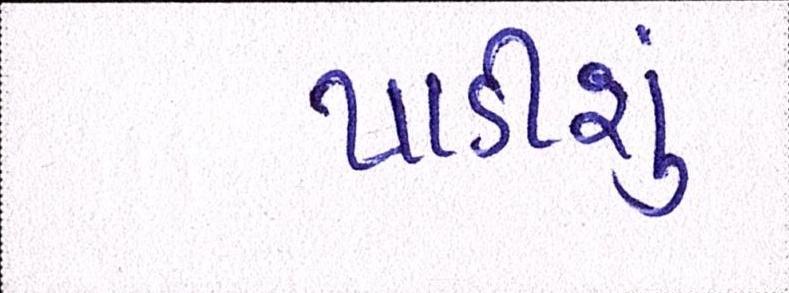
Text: પાડીશું